Leningradi_Edasi_toimetus, lk 40
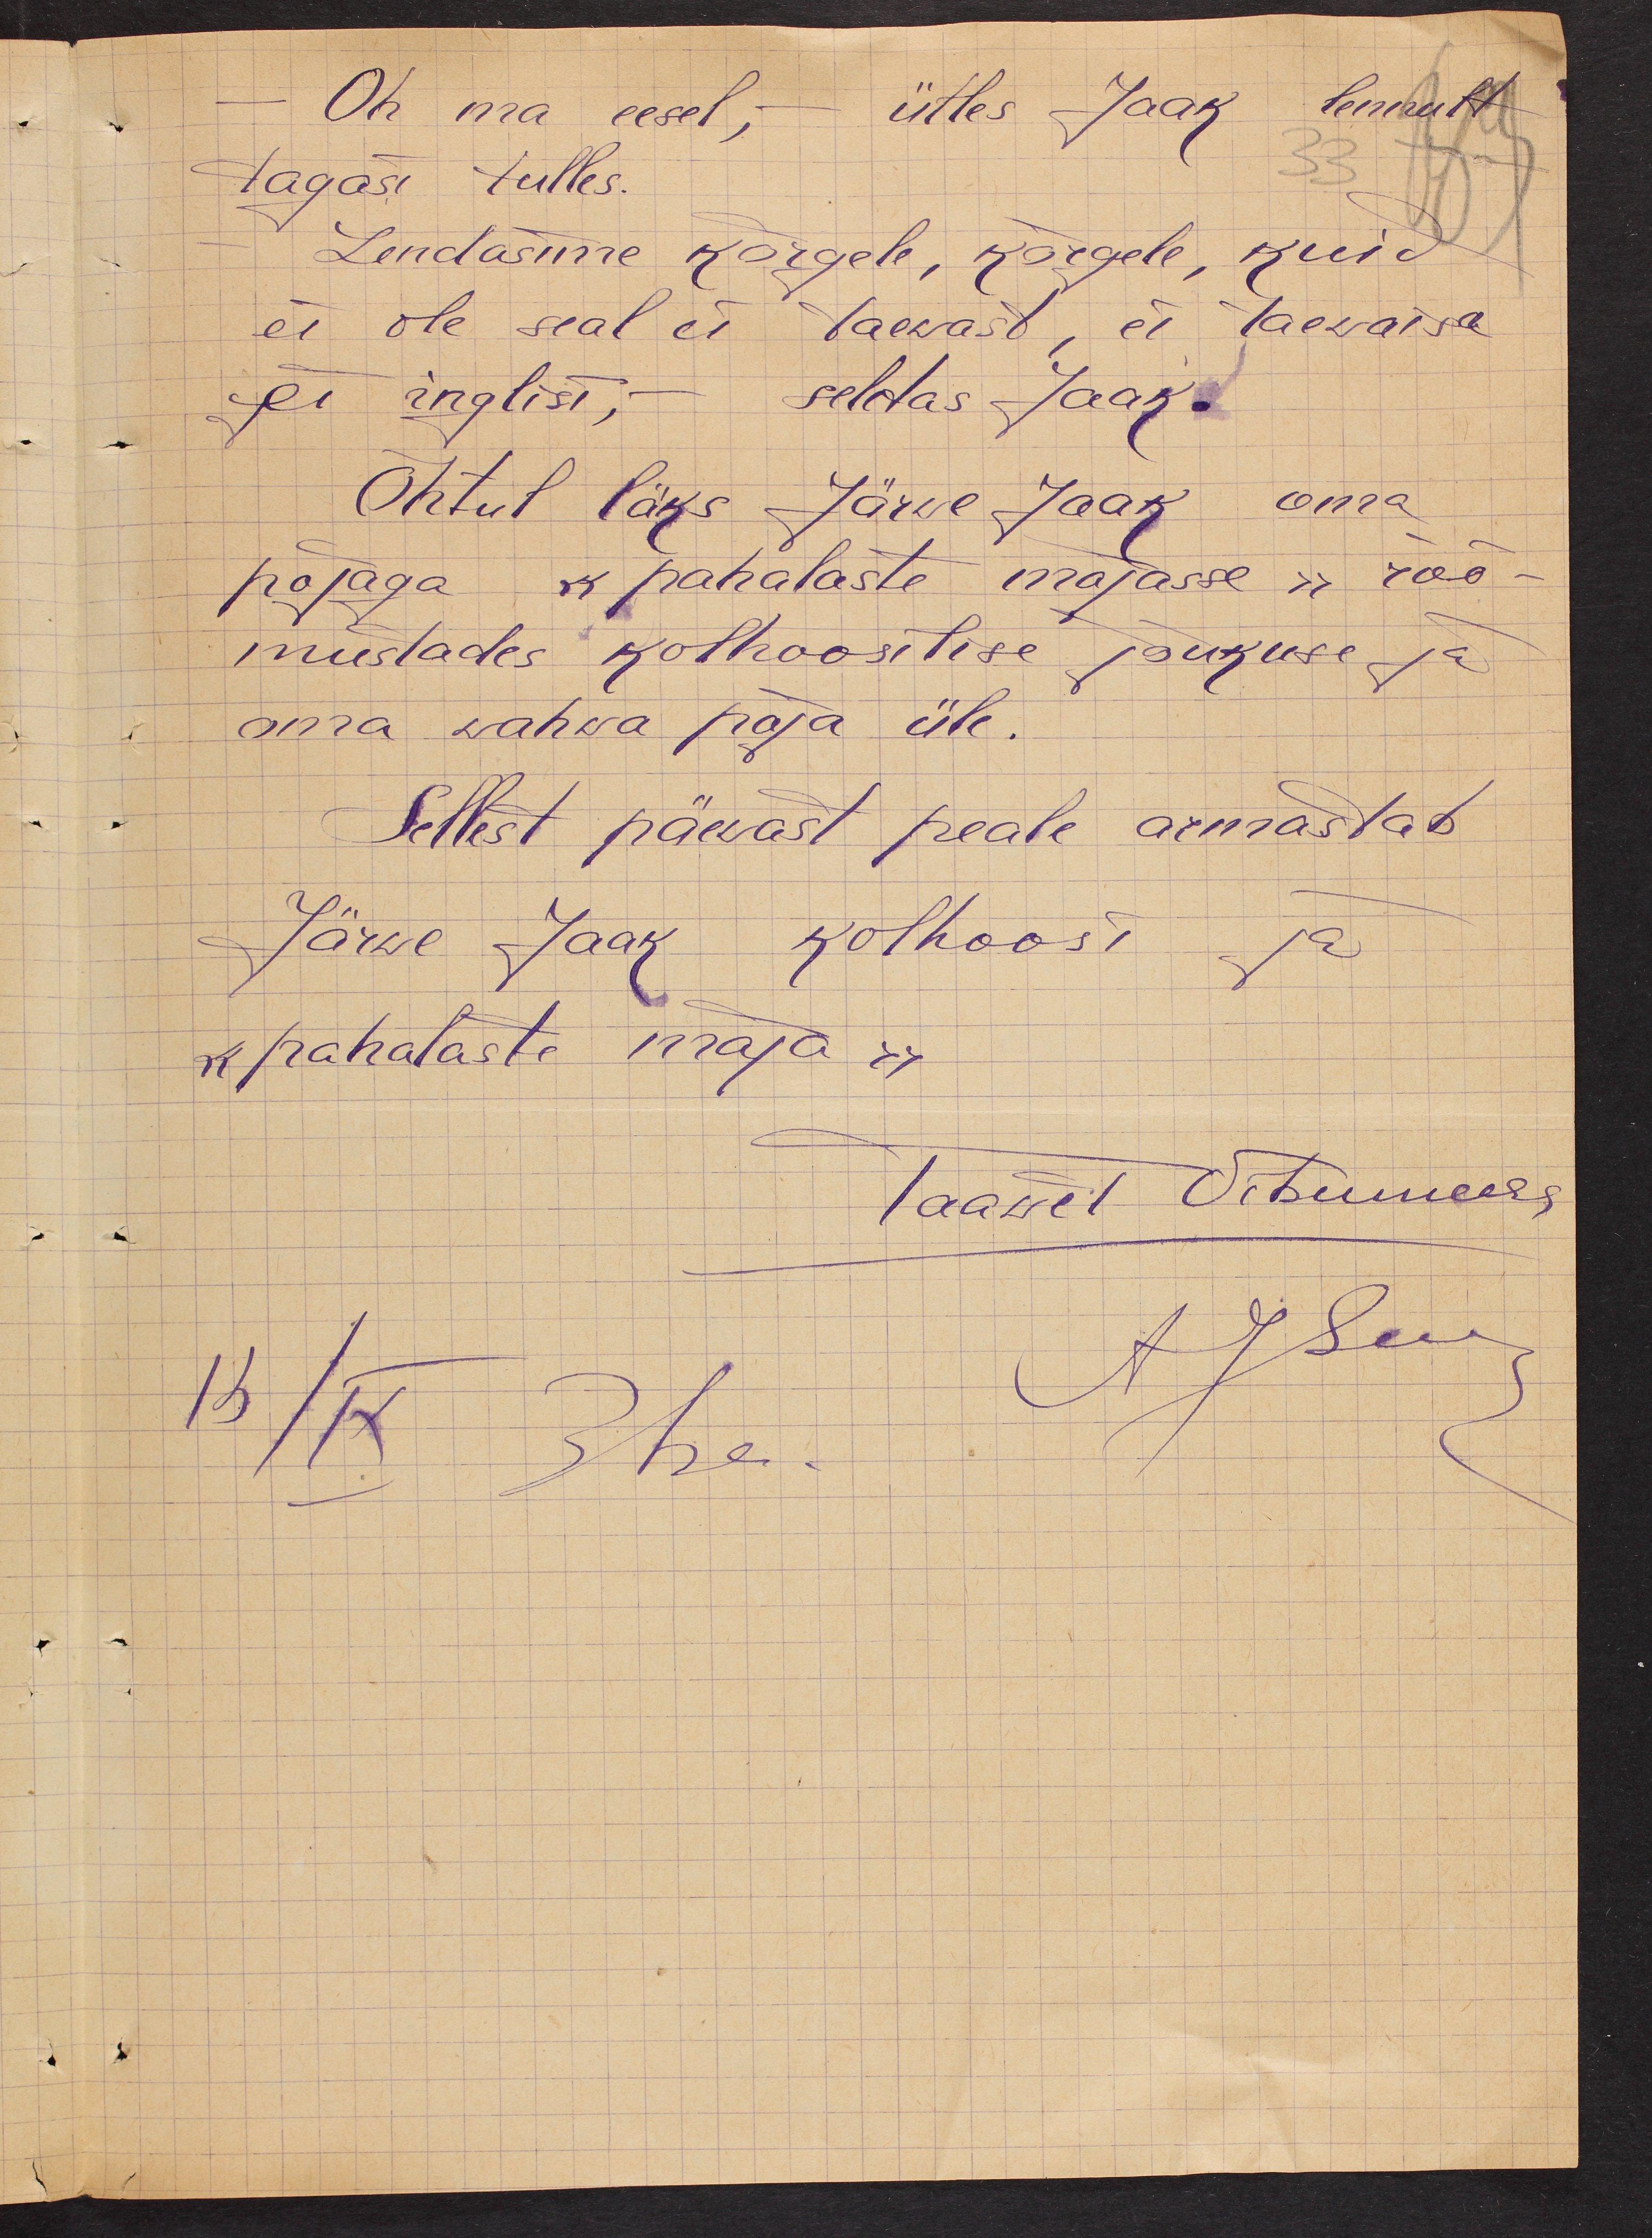
- Oh ma eesel,- ütles Jaak lennult
tagasi tulles.
Lendasime kõrgele, kõrgele, kuid
ei ole seal ei taevast, ei taewaisa
ei inglisi, - seletas Jaak.
Õhtul läks Järve Jaak oma
pojaga "pahalaste majasse" rõõ-
mustades kolhoosilise jõukuse ja
oma wahwa poja üle.
Sellest päevast peale armastab
Järwe Jaak kolhoosi ja
"pahalaste maja"
Taawet Vibumees
13/IX 3hr AESaeg